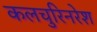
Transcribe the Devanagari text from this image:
कलचुरिनरेश